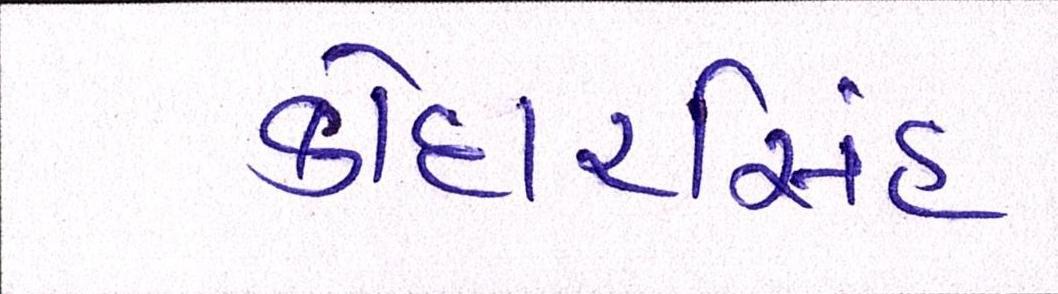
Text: કોદારસિંહ